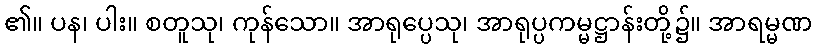
၏။ ပန၊ ပါး။ စတူသု၊ ကုန်သော။ အာရုပ္ပေသု၊ အာရုပ္ပကမ္မဋ္ဌာန်းတို့၌။ အာရမ္မဏ